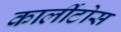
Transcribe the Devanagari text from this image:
कार्लीटोस